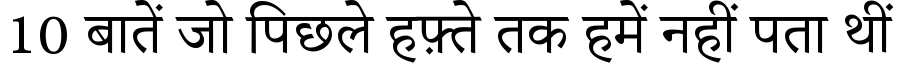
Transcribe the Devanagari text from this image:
10 बातें जो पिछले हफ़्ते तक हमें नहीं पता थीं